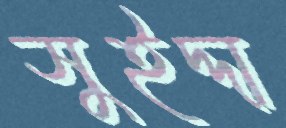
সুইদ্দা